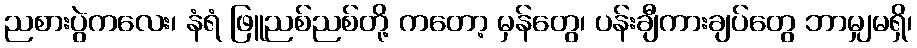
ညစားပွဲကလေး၊ နံရံ ဖြူညစ်ညစ်တို့ ကတော့ မှန်တွေ၊ ပန်းချီကားချပ်တွေ ဘာမျှမရှိ၊